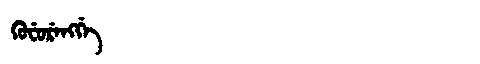
Manchu: ᡴᡠᠸᡠᡵᡝᠩᡤᡝ
Romanization: KUFURENGGE